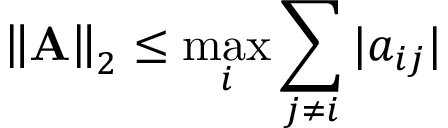
\left\Vert \mathbf { A } \right\Vert _ { 2 } \leq \operatorname* { m a x } _ { i } \sum _ { j \neq i } | a _ { i j } |